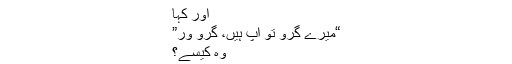
اور کہا
“میرے گُرو تو آپ ہیں، گرو ور”
وہ کیسے؟